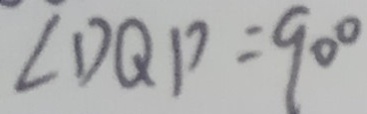
\angle D Q P = 9 0 ^ { \circ }